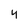
Character: 4